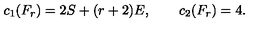
c _ { 1 } ( F _ { r } ) = 2 S + ( r + 2 ) E , \qquad c _ { 2 } ( F _ { r } ) = 4 .